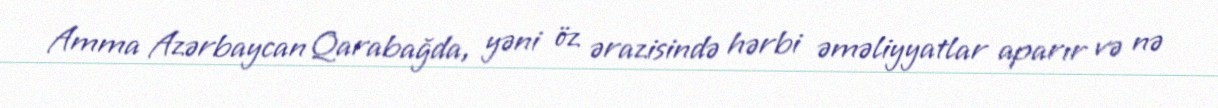
Amma Azərbaycan Qarabağda, yəni öz ərazisində hərbi əməliyyatlar aparır və nə